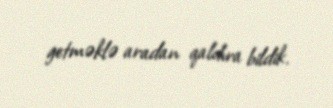
getməklə aradan qaldıra bildik.